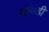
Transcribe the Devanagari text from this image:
तांण्डी